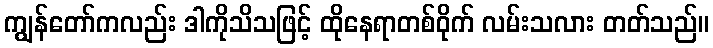
ကျွန်တော်ကလည်း ဒါကိုသိသဖြင့် ထိုနေရာတစ်ဝိုက် လမ်းသလား တတ်သည်။